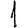
Digit: 1